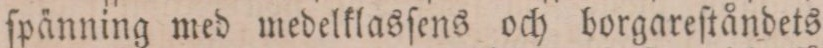
ſpänning med medelklasſens och borgareſtåndets